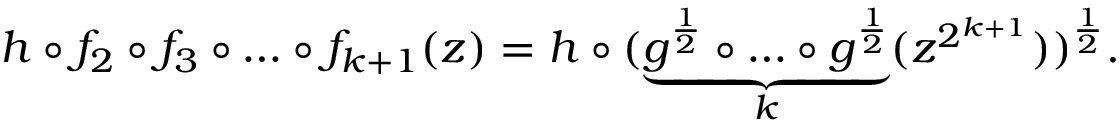
h \circ f _ { 2 } \circ f _ { 3 } \circ \ldots \circ f _ { k + 1 } ( z ) = h \circ ( \underbrace { g ^ { \frac { 1 } { 2 } } \circ \ldots \circ g ^ { \frac { 1 } { 2 } } } _ { k } ( z ^ { 2 ^ { k + 1 } } ) ) ^ { \frac 1 2 } .